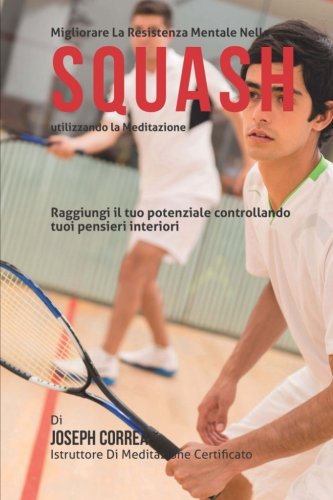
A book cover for Migliorari la Resistenza  mentale Nello Squash utilizzando la meditazione: Raggiungi il tuo potenziale controllando tuoi pensieri interiori (Italian Edition); Joseph Correa (Istruttore di Meditazione Certificato); Sports & Outdoors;